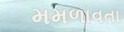
મમળાવતા